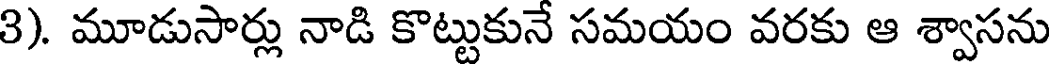
3). మూడుసార్లు నాడి కొట్టుకునే సమయం వరకు ఆ శ్వాసను